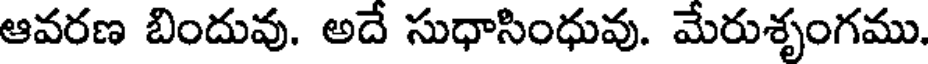
ఆవరణ బిందువు. అదే సుధాసింధువు. మేరుశృంగము.